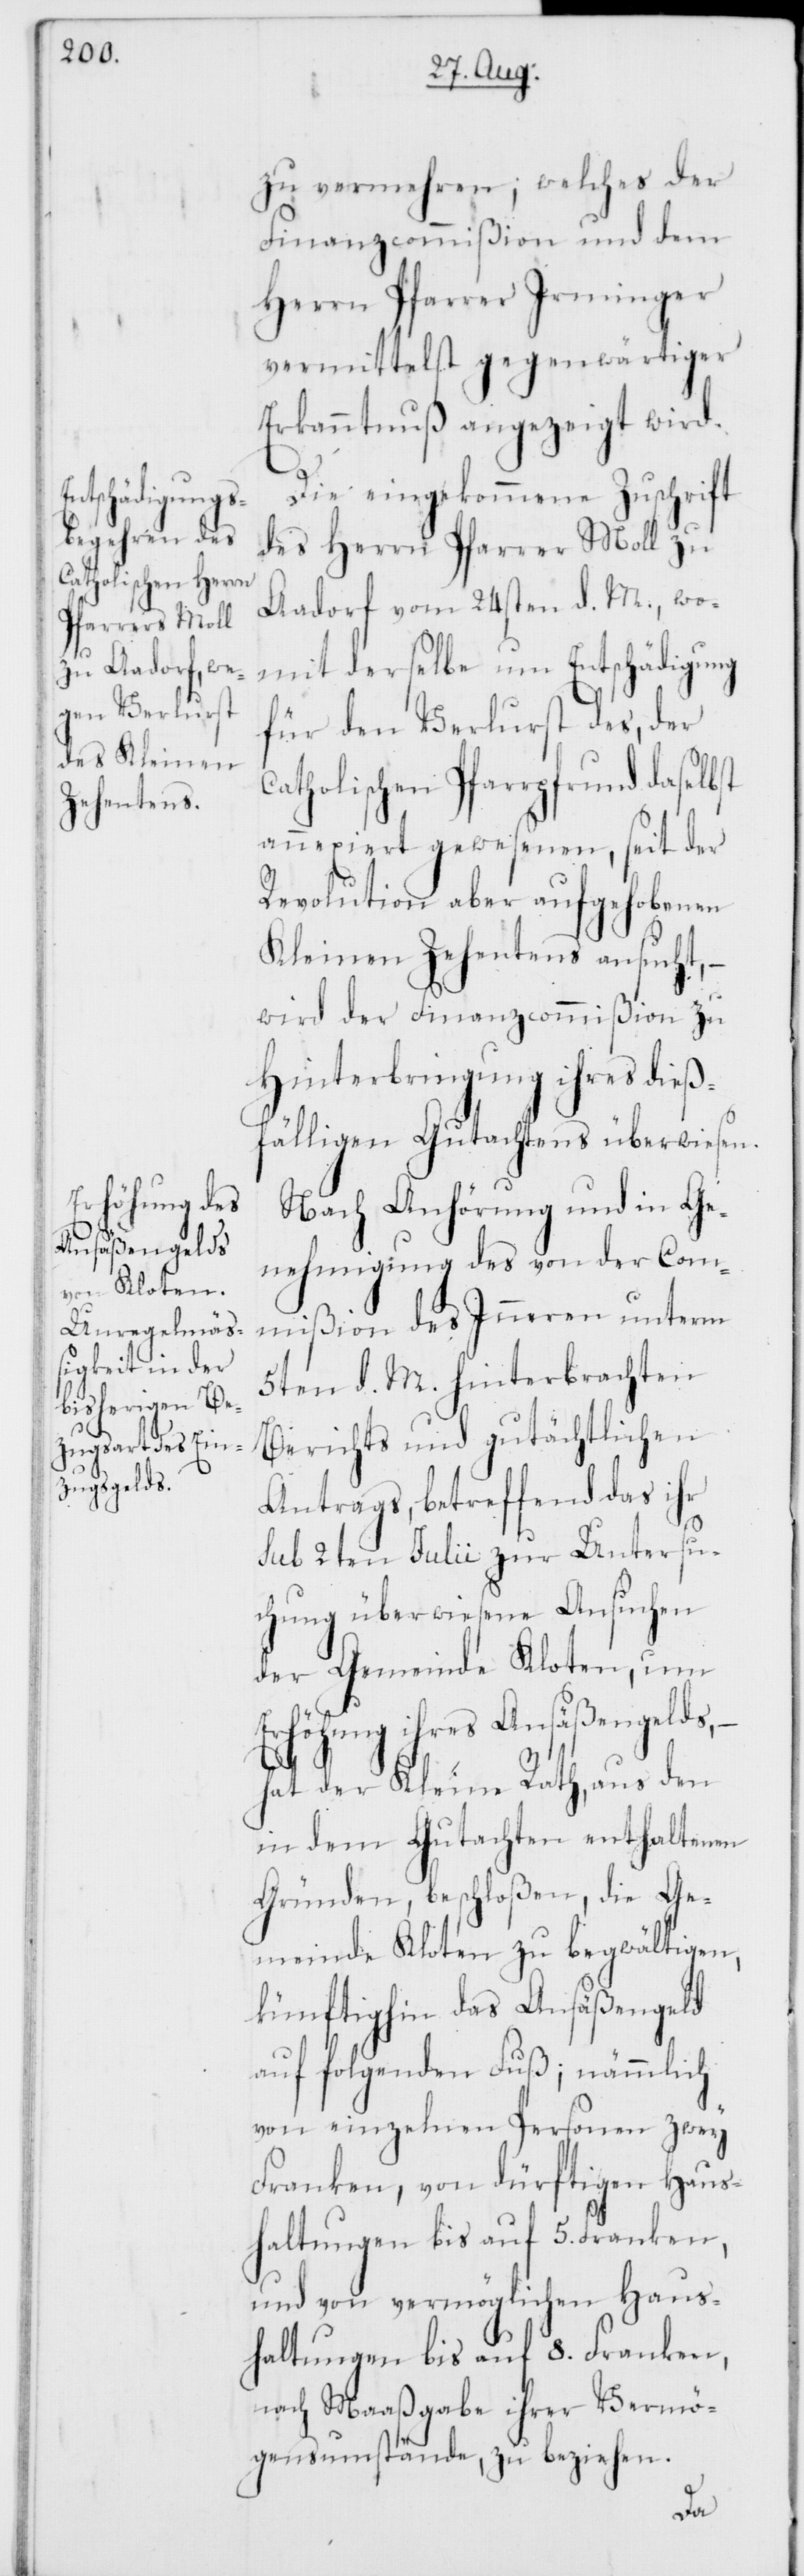
zu vermehren, welches der
Finanzcommißion und dem
Herrn Pfarrer Irminger
vermittelst gegenwärtiger
Erkanntnuß angezeigt wird.
Die eingekommene Zuschrift
des Herrn Pfarrer Moll zu
Aadorf vom 24sten d. M., wo¬
mit derselbe um Entschädigung
für den Verlust des, der
Catholischen Pfarrpfrund daselbst
annexiert gewesenen, seit der
Revolution aber aufgehobenen
Kleinen Zehentens ansucht, –
wird der Finanzcommißion zu
Hinterbringung ihres dieß¬
fälligen Gutachtens überwiesen.
Nach Anhörung und in Ge¬
nehmigung des von der Com¬
mißion des Inneren unterm
5ten d. M. hinterbrachten
Berichts und gutächtlichen
Antrags, betreffend das ihr
sub 2ten Julii zur Untersu¬
chung überwiesene Ansuchen
der Gemeinde Kloten, um
Erhöhung ihres Ansäßengelds,
hat der Kleine Rath, aus den
in dem Gutachten enthaltenen
Gründen beschloßen, die Ge¬
meinde Kloten zu begwältigen,
künftighin das Ansäßengeld
auf folgenden Fuß; nämmlich
von einzelnen Personen zwey
Franken, von dürftigen Haus¬
haltungen bis auf 5. Franken,
und von vermöglichen Haus¬
haltungen bis auf 8. Franken,
nach Maaßgabe ihrer Vermö¬
gensumstände, zu beziehen.